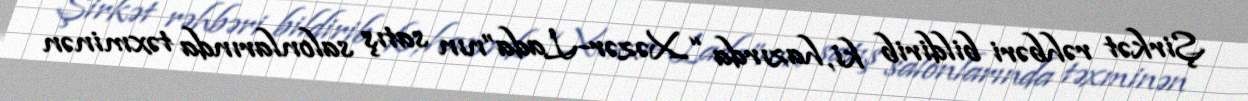
Şirkət rəhbəri bildirib ki, hazırda “Xəzər-Lada”nın satış salonlarında təxminən